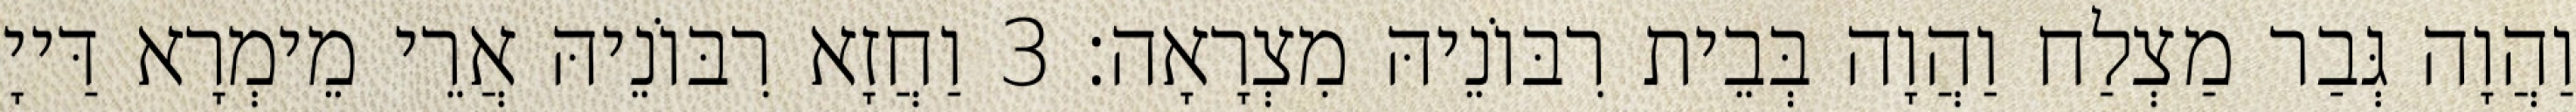
וַהֲוָה גְּבַר מַצְלַח וַהֲוָה בְּבֵית רִבּוֹנֵיהּ מִצְרָאָה׃ 3 וַחֲזָא רִבּוֹנֵיהּ אֲרֵי מֵימְרָא דַּייָ